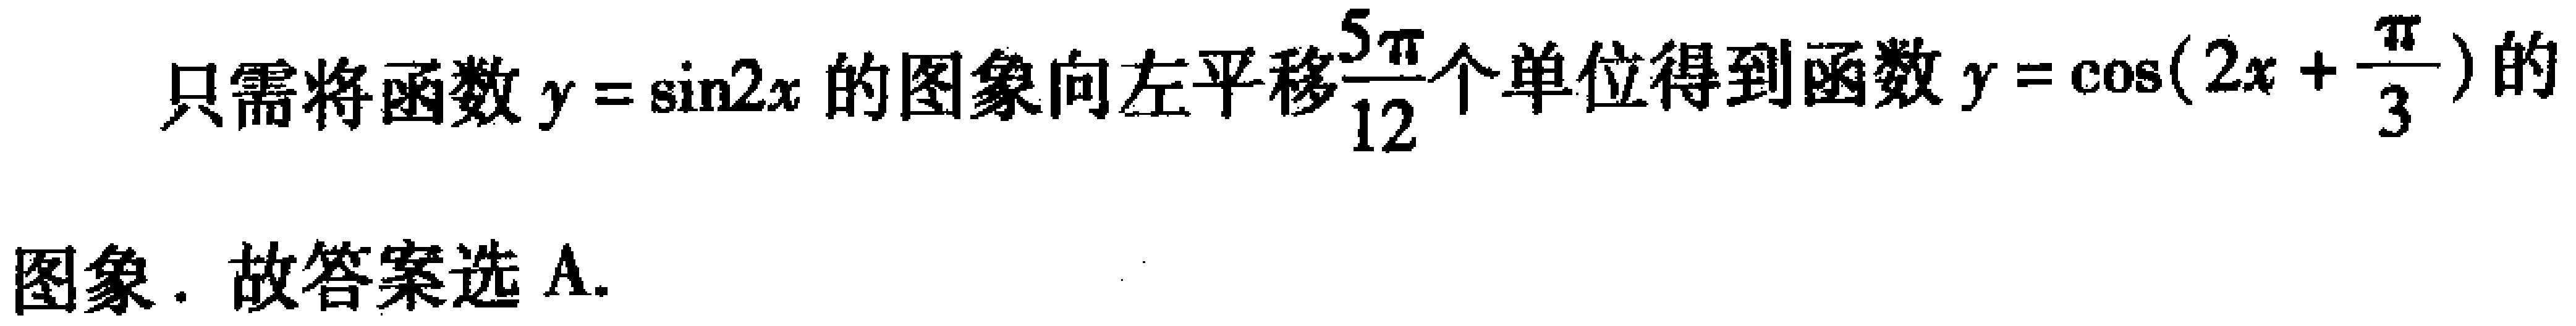
只需将函数\(y = \sin2x\)的图象向左平移\(\frac{5\pi}{12}\)个单位得到函数\(y = \cos(2x+\frac{\pi}{3})\)的图象. 故答案选 A.